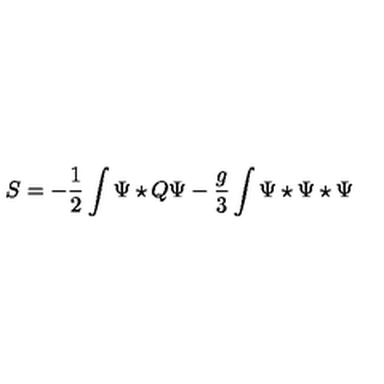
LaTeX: S = - \frac { 1 } { 2 } \int \Psi \star Q \Psi - \frac { g } { 3 } \int \Psi \star \Psi \star \Psi